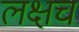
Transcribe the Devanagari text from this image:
लक्षच